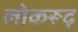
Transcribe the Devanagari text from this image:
लोकरूढ़